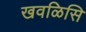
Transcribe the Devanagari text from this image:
खवळिसि